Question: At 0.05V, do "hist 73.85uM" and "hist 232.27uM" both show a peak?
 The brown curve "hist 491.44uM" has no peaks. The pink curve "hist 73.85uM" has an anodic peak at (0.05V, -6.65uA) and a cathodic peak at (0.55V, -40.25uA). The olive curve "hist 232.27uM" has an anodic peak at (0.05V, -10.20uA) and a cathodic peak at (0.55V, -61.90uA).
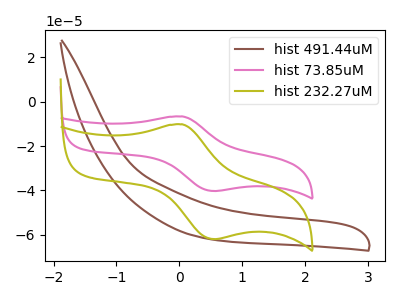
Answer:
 <answer>Yes, "hist 73.85uM" and "hist 232.27uM" share a peak at 0.05V.</answer>
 <eval>match</eval>